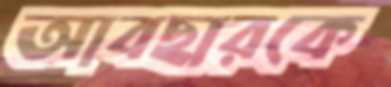
আবছারকে